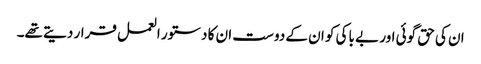
ان کی حق گوئی اور بے باکی کو ان کے دوست ان کا دستور العمل قرار دیتے تھے۔